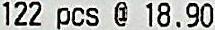
122 PCS @ 18.90